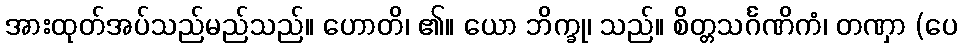
အားထုတ်အပ်သည်မည်သည်။ ဟောတိ၊ ၏။ ယော ဘိက္ခု၊ သည်။ စိတ္တသင်္ဂဏိကံ၊ တဏှာ (ပေ